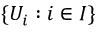
\{ U _ { i } : i \in I \}